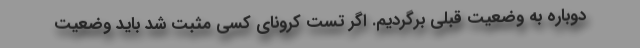
دوباره به وضعیت قبلی برگردیم. اگر تست کرونای کسی مثبت شد باید وضعیت